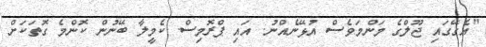
"އެގޭގައި ޖޫލްގެ މަންމަވެސް އުޅޭނެއްނު. އައި ޕްރޮމިސް. ކެމީލާ ބޭނުން ކޮންމެ ގޮތަކަށް